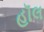
હૉલ